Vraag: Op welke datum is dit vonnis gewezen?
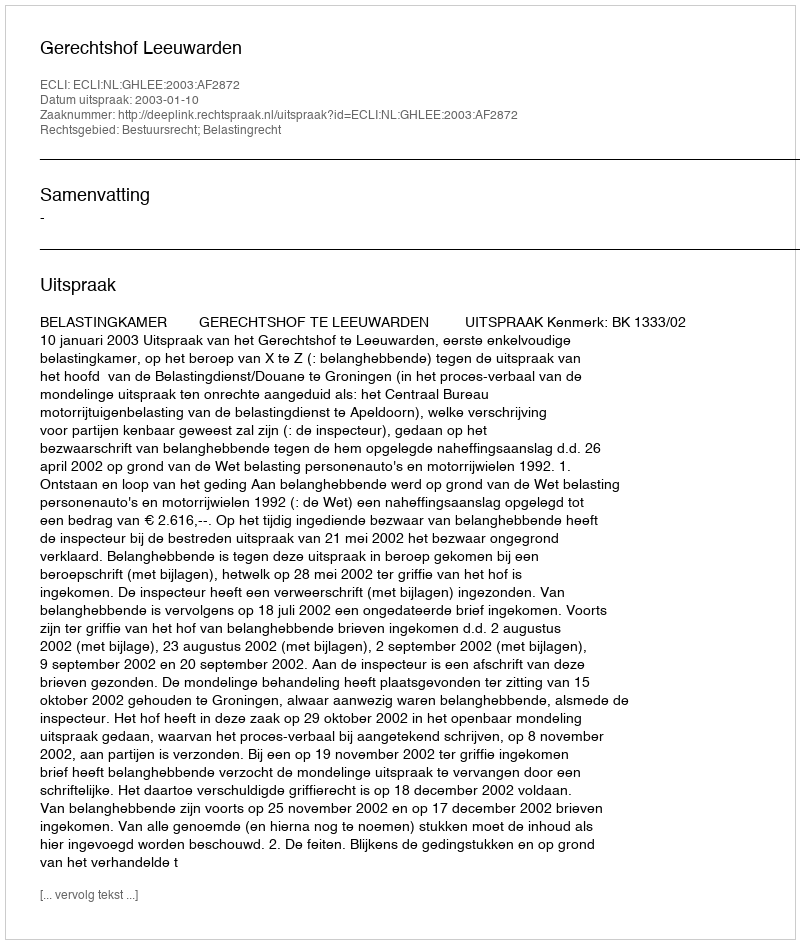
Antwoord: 2003-01-10